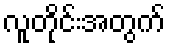
လူတိုင်းအတွက်